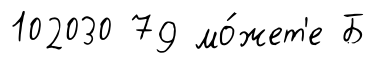
102030 79 мо́жет'е Б